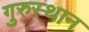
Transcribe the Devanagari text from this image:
गुरुस्थान